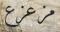
مزعزع